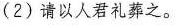
(2)请以人君礼葬之。